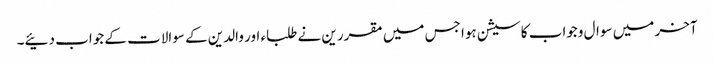
آخر میں سوال وجواب کا سیشن ہوا جس میں مقررین نے طلباء اور والدین کے سوالات کے جواب دئیے۔